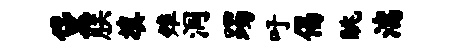
黛朕填雉洞躅吁偈眺湍